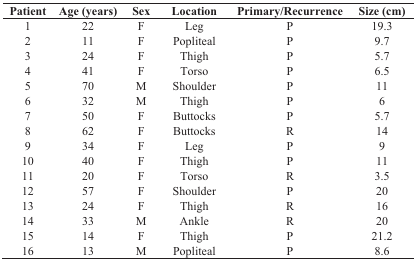
| Patient | Age (years) | Sex | Location | Primary/Recurrence | Size (cm) |
 | --- | --- | --- | --- | --- | --- |
 | 1 | 22 | F | Leg | P | 19.3 |
 | 2 | 11 | F | Popliteal | P | 9.7 |
 | 3 | 24 | F | Thigh | P | 5.7 |
 | 4 | 41 | F | Torso | P | 6.5 |
 | 5 | 70 | M | Shoulder | P | 11 |
 | 6 | 32 | M | Thigh | P | 6 |
 | 7 | 50 | F | Buttocks | P | 5.7 |
 | 8 | 62 | F | Buttocks | R | 14 |
 | 9 | 34 | F | Leg | P | 9 |
 | 10 | 40 | F | Thigh | P | 11 |
 | 11 | 20 | F | Torso | R | 3.5 |
 | 12 | 57 | F | Shoulder | P | 20 |
 | 13 | 24 | F | Thigh | R | 16 |
 | 14 | 33 | M | Ankle | R | 20 |
 | 15 | 14 | F | Thigh | P | 21.2 |
 | 16 | 13 | M | Popliteal | P | 8.6 |